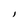
Character: l